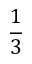
\frac 1 3